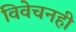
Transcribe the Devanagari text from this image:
विवेचनही